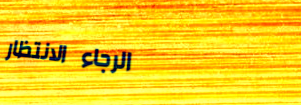
الرجاء الانتظار